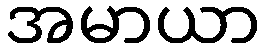
အမာယာ